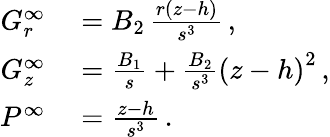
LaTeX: \begin{array}{rl}{G_{r}^{\infty}}&{{}=B_{2}\, \frac{r\left(z-h\right)}{s^{3}}\, ,}\\ {G_{z}^{\infty}}&{{}=\frac{B_{1}}{s}+\frac{B_{2}}{s^{3}}\left(z-h\right)^{2}\, ,}\\ {P^{\infty}}&{{}=\frac{z-h}{s^{3}}\, .}\end{array}